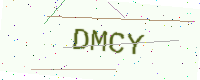
Text: DMCY